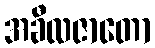
အခီလဇာတော